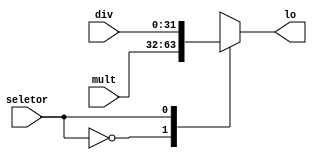
module mux_lo(
    input wire seletor,
    input wire [31:0] mult,
    input wire [31:0] div,
    output reg [31:0] lo
);

always @ (*) begin
	case (seletor)
		1'd0:lo = mult;
		1'd1:lo = div;
	endcase
end
	
endmodule